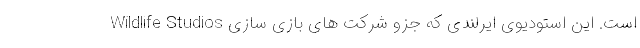
Wildlife Studios است. این استودیوی ایرلندی که جزو شرکت های بازی سازی